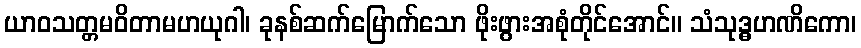
ယာဝသတ္တမဝိတာမဟယုဂါ၊ ခုနစ်ဆက်မြောက်သော ဖိုးဖွားအစုံတိုင်အောင်။ သံသုဒ္ဓဟဏိကော၊